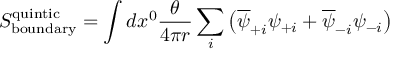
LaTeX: S _ { \mathrm { b o u n d a r y } } ^ { \mathrm { q u i n t i c } } = \int d x ^ { 0 } \frac { \theta } { 4 \pi r } \sum _ { i } \left( \overline { { { \psi } } } _ { + i } \psi _ { + i } + \overline { { { \psi } } } _ { - i } \psi _ { - i } \right)